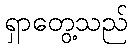
ရှာတွေ့သည်